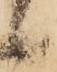
候